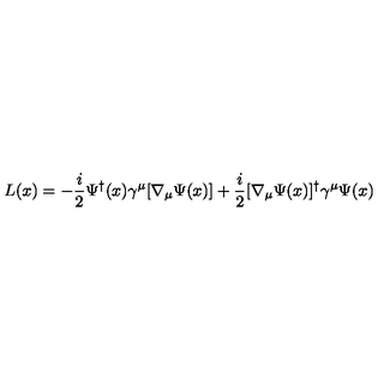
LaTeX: L ( x ) = - { \frac { i } { 2 } } \Psi ^ { \dagger } ( x ) \gamma ^ { \mu } [ \nabla _ { \mu } \Psi ( x ) ] + { \frac { i } { 2 } } [ \nabla _ { \mu } \Psi ( x ) ] ^ { \dagger } \gamma ^ { \mu } \Psi ( x )